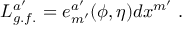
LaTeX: L _ { g . f . } ^ { a ^ { \prime } } = e _ { m ^ { \prime } } ^ { a ^ { \prime } } ( \phi , \eta ) d x ^ { m ^ { \prime } } \ .